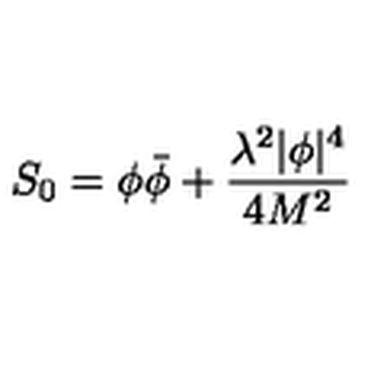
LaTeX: S _ { 0 } = \phi \bar { \phi } + \frac { \lambda ^ { 2 } | \phi | ^ { 4 } } { 4 M ^ { 2 } }